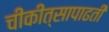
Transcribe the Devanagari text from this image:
चीकीत्सापाढती